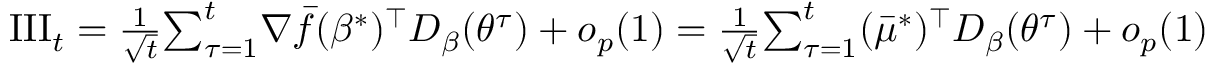
\begin{array} { r } { { \mathrm { { I I I } } } _ { t } = \frac { 1 } { \sqrt t } { \sum _ { \tau = 1 } ^ { t } } \nabla { \bar { f } } ( \beta ^ { * } ) ^ { \top } D _ { \beta } ( { \theta ^ { \tau } } ) + o _ { p } ( 1 ) = \frac { 1 } { \sqrt t } { \sum _ { \tau = 1 } ^ { t } } ( { \bar { \mu } ^ { * } } ) ^ { \top } D _ { \beta } ( { \theta ^ { \tau } } ) + o _ { p } ( 1 ) } \end{array}